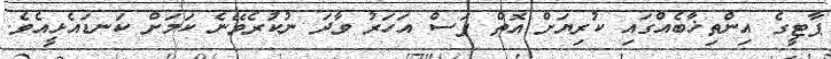
ޕާޓީގެ އިންތިޚާބެއްގައި ކުރިޔަށް އޮތް ފަސް އަހަރު ވާދަ ނުކުރެވޭނެ ކަމަށް ކަނޑައެޅީއެވެ.